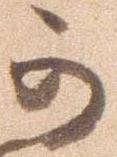
可